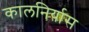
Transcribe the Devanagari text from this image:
कालनिर्यास